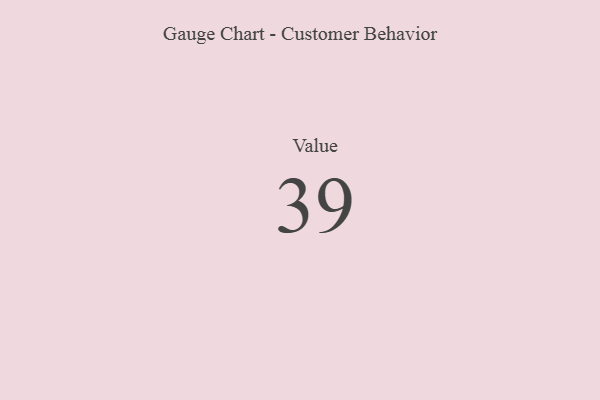
{"axis": {"x": "Metric", "y": "Value"}, "legend": [""], "data": [{"x": "Value", "y": 39, "type": ""}]}